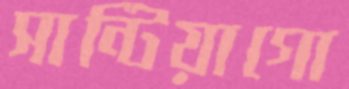
সান্টিয়াগো